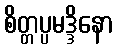
စိတ္တပ္ပမဒ္ဒိနော